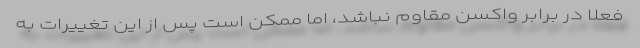
فعلا در برابر واکسن مقاوم نباشد، اما ممکن است پس از این تغییرات به